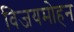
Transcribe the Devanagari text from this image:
विजयमोहन